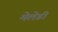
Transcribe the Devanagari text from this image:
मेलेडी